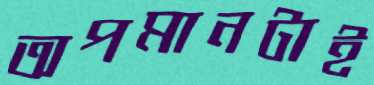
অপমানটাই